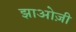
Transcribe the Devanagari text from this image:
झाओज़ी